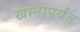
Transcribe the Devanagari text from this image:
खानापर्यंत